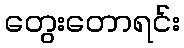
တွေးတောရင်း